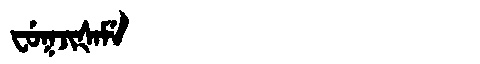
Manchu: ᠸᡠᡴᠵᡳᡧᠠᠮᡝ
Romanization: FUKJIŠAME